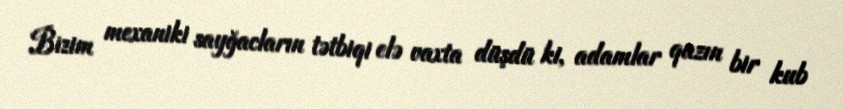
Bizim mexaniki sayğacların tətbiqi elə vaxta düşdü ki, adamlar qazın bir kub